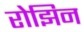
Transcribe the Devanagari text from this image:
रोझिन